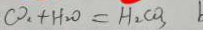
C O _ { 2 } + H _ { 2 } O = H _ { 2 } C O _ { 3 } b